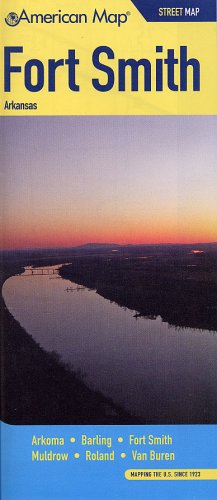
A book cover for Fort Smith AR Street Map (American Map); American Map; Travel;